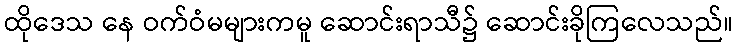
ထိုဒေသ နေ ဝက်ဝံမများကမူ ဆောင်းရာသီ၌ ဆောင်းခိုကြလေသည်။